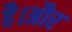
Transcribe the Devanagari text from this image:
है।अौर